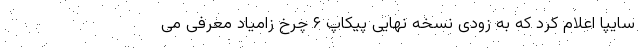
سایپا اعلام کرد که به زودی نسخه نهایی پیکاپ ۶ چرخ زامیاد معرفی می